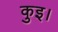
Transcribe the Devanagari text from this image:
कुइ।